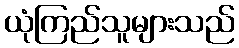
ယုံကြည်သူများသည်